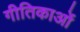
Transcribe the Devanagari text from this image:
गीतिकाओं